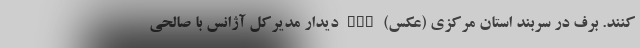
کنند. برف در سربند استان مرکزی (عکس) nan دیدار مدیرکل آژانس با صالحی